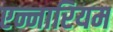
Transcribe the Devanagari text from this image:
एन्नारियम